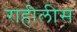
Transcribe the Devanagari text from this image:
राहीलीस